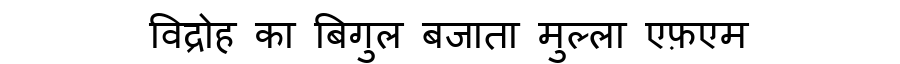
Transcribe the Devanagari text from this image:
विद्रोह का बिगुल बजाता मुल्ला एफ़एम